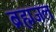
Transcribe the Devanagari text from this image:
ब्रह्मजल